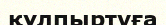
құлпыртуға